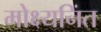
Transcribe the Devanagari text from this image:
मोक्ष्यनिंत